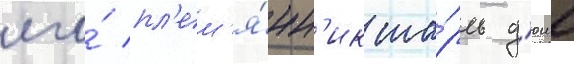
его́ пл'ем'я́нн'ик ша́рль д'юше